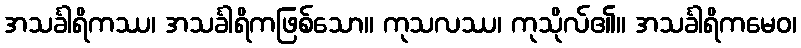
အသင်္ခါရိကဿ၊ အသင်္ခါရိကဖြစ်သော။ ကုသလဿ၊ ကုသိုလ်၏။ အသင်္ခါရိကမေဝ၊